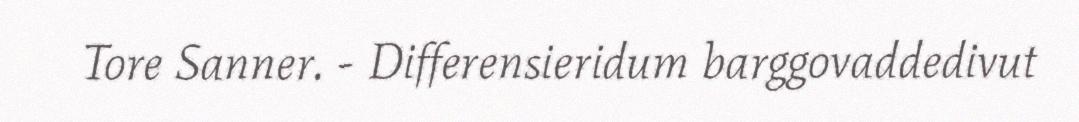
Tore Sanner. - Differensieridum barggovaddedivut